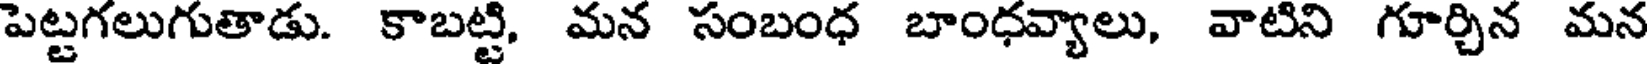
పెట్టగలుగుతాడు. కాబట్టి, మన సంబంధ బాంధవ్యాలు, వాటిని గూర్చిన మన